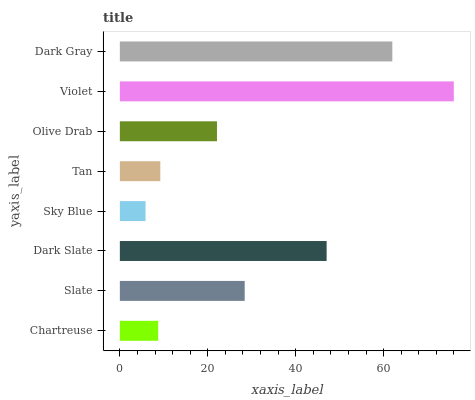
| yaxis_label | bars |
 | --- | --- |
 | Chartreuse | 8.71 |
 | Slate | 28.4 |
 | Dark Slate | 47 |
 | Sky Blue | 5.84 |
 | Tan | 9.2 |
 | Olive Drab | 22.1 |
 | Violet | 76 |
 | Dark Gray | 62 |